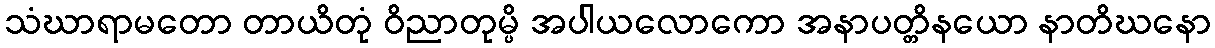
သံဃာရာမတော တာယိတုံ ဝိညာတုမ္ပိ အပါယလောကော အနာပတ္တိနယော နာတိဃနော